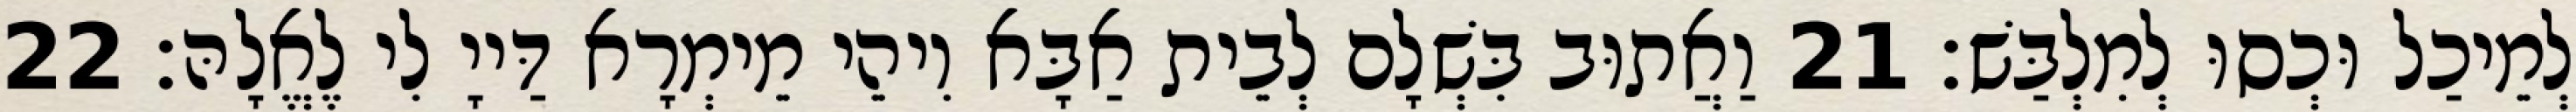
לְמֵיכַל וּכְסוּ לְמִלְבַּשׁ׃ 21 וַאֲתוּב בִּשְׁלָם לְבֵית אַבָּא וִיהֵי מֵימְרָא דַּייָ לִי לֶאֱלָהּ׃ 22